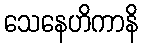
သေနေဟိကာနိ